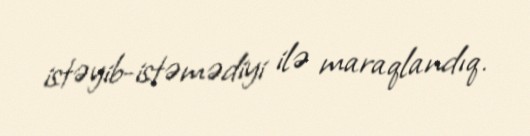
istəyib-istəmədiyi ilə maraqlandıq.